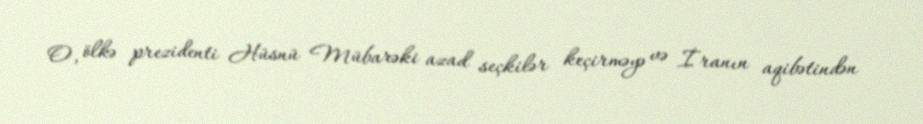
O, ölkə prezidenti Hüsnü Mübarəki azad seçkilər keçirməyə və İranın aqibətindən